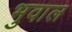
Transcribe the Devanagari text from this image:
भुवाल